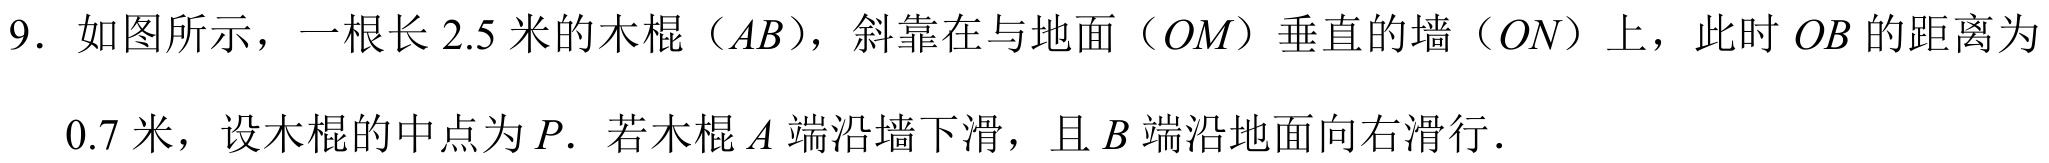
9. 如图所示，一根长\(2.5\)米的木棍（\(AB\)），斜靠在与地面（\(OM\)）垂直的墙（\(ON\)）上，此时\(OB\)的距离为\(0.7\)米，设木棍的中点为\(P\). 若木棍\(A\)端沿墙下滑，且\(B\)端沿地面向右滑行．